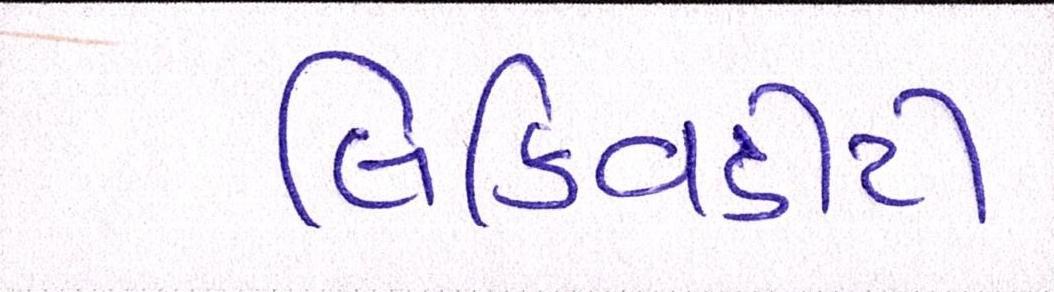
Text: લિક્વિડીટી